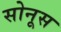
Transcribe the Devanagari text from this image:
सोनूस